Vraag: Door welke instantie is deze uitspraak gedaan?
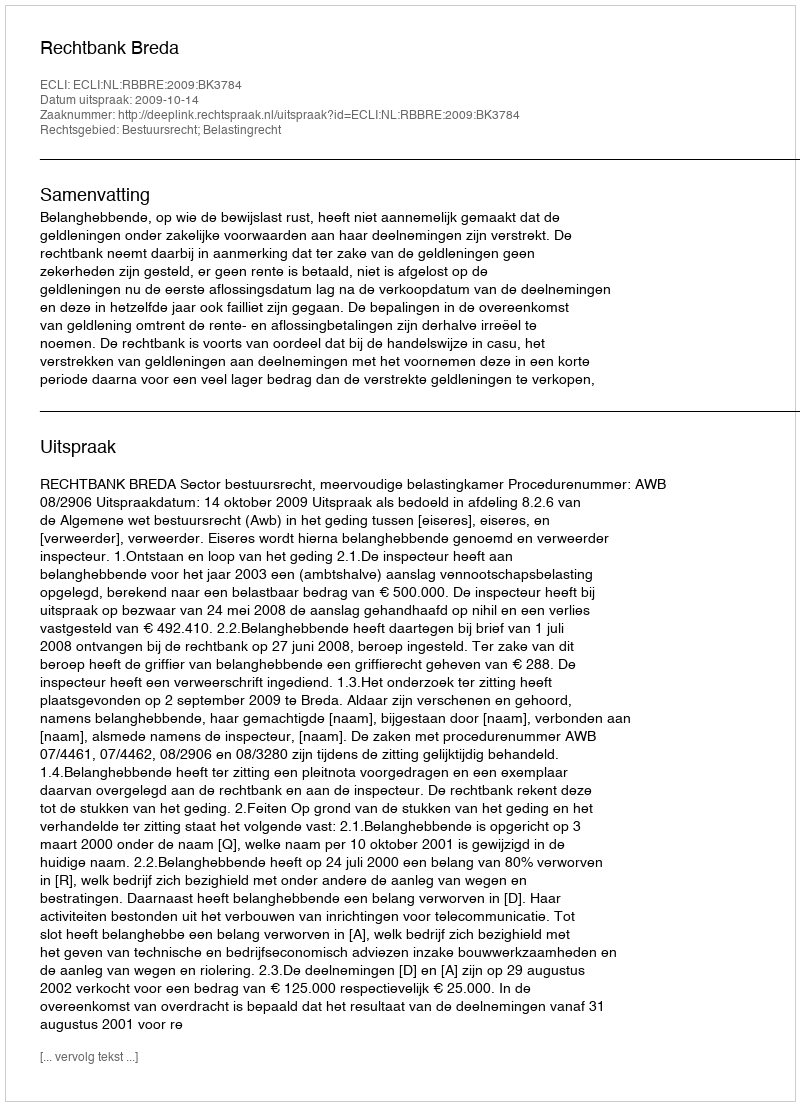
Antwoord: Rechtbank Breda